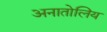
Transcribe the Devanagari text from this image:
अनातोलिय